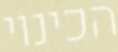
הכינוי